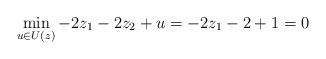
LaTeX: \begin{align*}\min_{u\in U(z)} -2z_1 - 2z_2 + u = -2z_1 - 2 + 1 = 0\end{align*}